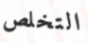
التخلص